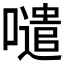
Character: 𱕊